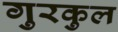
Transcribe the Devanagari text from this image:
गुरकुल